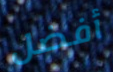
أفضل